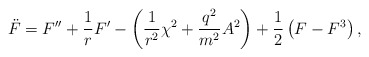
\begin{align*}\ddot{F}=F^{\prime \prime }+\frac{1}{r}F^{\prime }-\left( \frac{1}{r^{2}}\chi ^{2}+\frac{q^{2}}{m^{2}}A^{2}\right) +\frac{1}{2}\left( F-F^{3}\right) ,\end{align*}